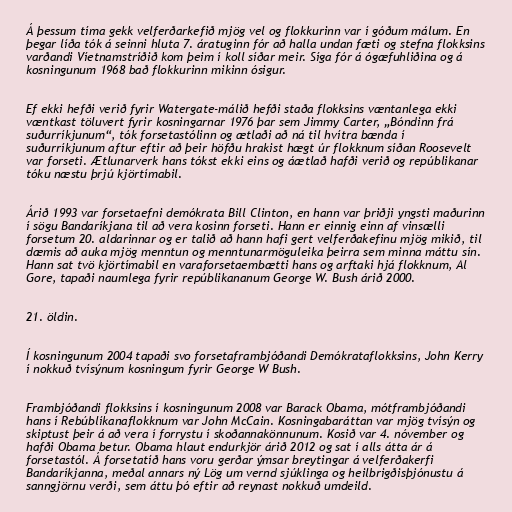
Á þessum tíma gekk velferðarkefið mjög vel og flokkurinn var í góðum málum. En
þegar líða tók á seinni hluta 7. áratuginn fór að halla undan fæti og stefna flokksins
varðandi Víetnamstríðið kom þeim í koll síðar meir. Síga fór á ógæfuhliðina og á
kosningunum 1968 bað flokkurinn mikinn ósigur.

Ef ekki hefði verið fyrir Watergate-málið hefði staða flokksins væntanlega ekki
væntkast töluvert fyrir kosningarnar 1976 þar sem Jimmy Carter, „Bóndinn frá
suðurríkjunum“, tók forsetastólinn og ætlaði að ná til hvítra bænda í
suðurríkjunum aftur eftir að þeir höfðu hrakist hægt úr flokknum síðan Roosevelt
var forseti. Ætlunarverk hans tókst ekki eins og áætlað hafði verið og repúblikanar
tóku næstu þrjú kjörtímabil.

Árið 1993 var forsetaefni demókrata Bill Clinton, en hann var þriðji yngsti maðurinn
í sögu Bandaríkjana til að vera kosinn forseti. Hann er einnig einn af vinsælli
forsetum 20. aldarinnar og er talið að hann hafi gert velferðakefinu mjög mikið, til
dæmis að auka mjög menntun og menntunarmöguleika þeirra sem minna máttu sín.
Hann sat tvö kjörtímabil en varaforsetaembætti hans og arftaki hjá flokknum, Al
Gore, tapaði naumlega fyrir repúblikananum George W. Bush árið 2000.

21. öldin.

Í kosningunum 2004 tapaði svo forsetaframbjóðandi Demókrataflokksins, John Kerry
í nokkuð tvísýnum kosningum fyrir George W Bush.

Frambjóðandi flokksins í kosningunum 2008 var Barack Obama, mótframbjóðandi
hans í Rebúblíkanaflokknum var John McCain. Kosningabaráttan var mjög tvísýn og
skiptust þeir á að vera í forrystu í skoðannakönnunum. Kosið var 4. nóvember og
hafði Obama betur. Obama hlaut endurkjör árið 2012 og sat í alls átta ár á
forsetastól. Á forsetatíð hans voru gerðar ýmsar breytingar á velferðakerfi
Bandaríkjanna, meðal annars ný Lög um vernd sjúklinga og heilbrigðisþjónustu á
sanngjörnu verði, sem áttu þó eftir að reynast nokkuð umdeild.